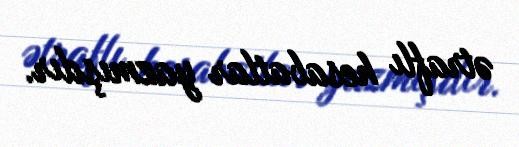
ətraflı hesabatlar yazmışdır.